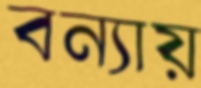
বন্যায়